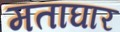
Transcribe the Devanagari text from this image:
मताघार